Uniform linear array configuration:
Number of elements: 24
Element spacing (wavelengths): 1
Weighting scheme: binomial
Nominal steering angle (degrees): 45
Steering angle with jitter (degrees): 43.113
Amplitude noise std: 0.05
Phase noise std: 0.05

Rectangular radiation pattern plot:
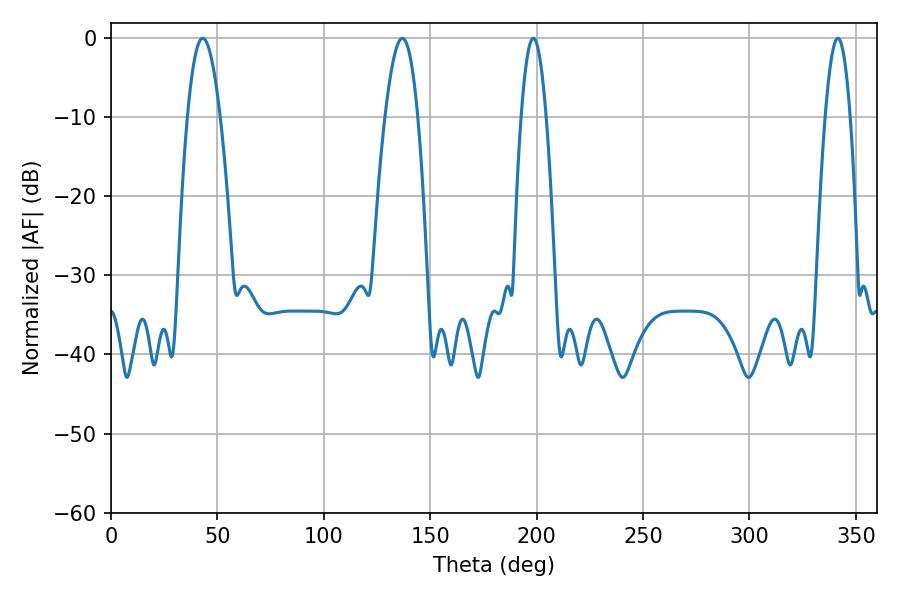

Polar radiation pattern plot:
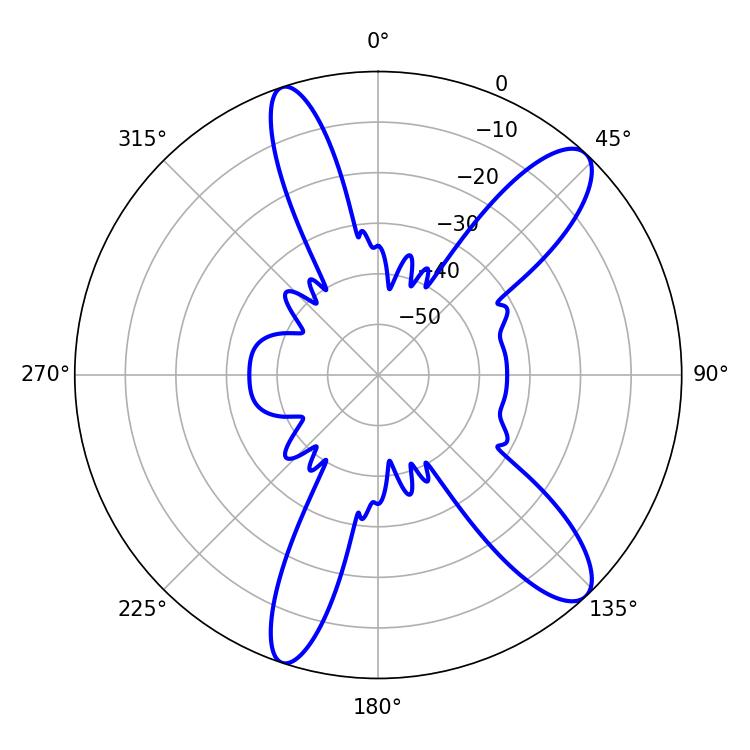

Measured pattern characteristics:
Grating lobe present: TRUE
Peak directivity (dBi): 11.54
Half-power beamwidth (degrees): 8.46
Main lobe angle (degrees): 136.8